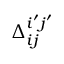
\Delta _ { i j } ^ { i ^ { \prime } j ^ { \prime } }